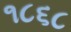
૧૮૬૮